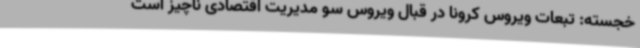
خجسته: تبعات ویروس کرونا در قبال ویروس سو مدیریت اقتصادی ناچیز است